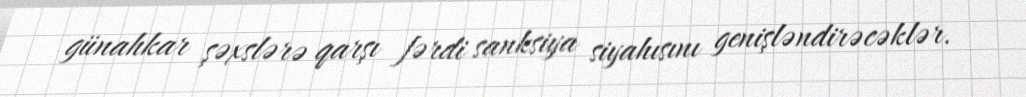
günahkar şəxslərə qarşı fərdi sanksiya siyahısını genişləndirəcəklər.